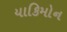
યાકિમોન